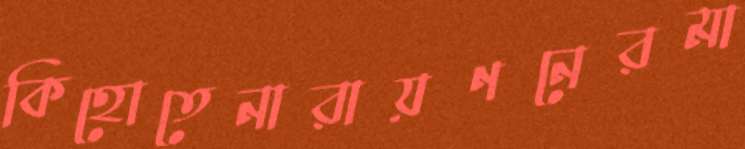
কিহোতেনারায়ণনেরমা